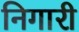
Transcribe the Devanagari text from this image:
निगारी